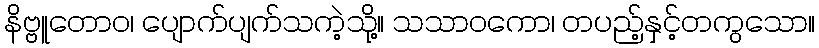
နိဗ္ဗူတောဝ၊ ပျောက်ပျက်သကဲ့သို့။ သသာဝကော၊ တပည့်နှင့်တကွသော။